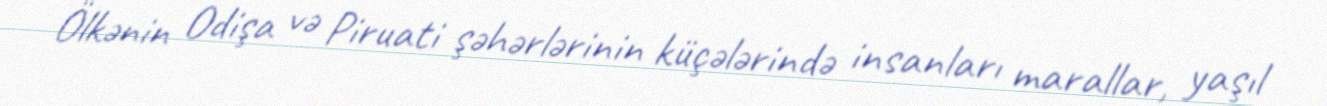
Ölkənin Odişa və Piruati şəhərlərinin küçələrində insanları marallar, yaşıl